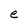
Character: e